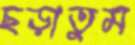
ছড়াতুম